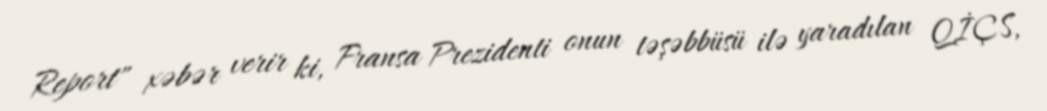
Report" xəbər verir ki, Fransa Prezidenti onun təşəbbüsü ilə yaradılan QİÇS,